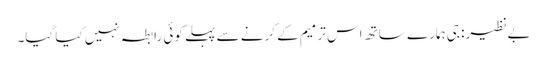
بےنظیر: جی ہمارے ساتھ اس ترمیم کے کرنے سے پہلے کوئی رابطہ نہیں کیا گیا۔